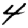
Digit: 4